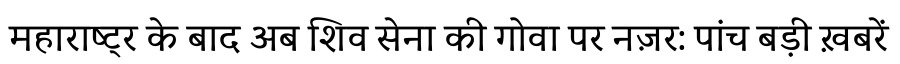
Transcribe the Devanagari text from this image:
महाराष्ट्र के बाद अब शिव सेना की गोवा पर नज़र: पांच बड़ी ख़बरें